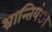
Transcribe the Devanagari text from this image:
भ्रान्तियंा